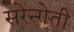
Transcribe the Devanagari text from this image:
सरेन्गेती